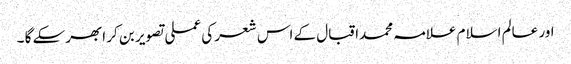
اور عالم اسلام علامہ محمداقبال کے اس شعر کی عملی تصویر بن کر ابھرسکے گا ۔